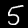
Digit: 5